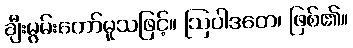
ချီးမွမ်းတော်မူသဖြင့်။ ဩပါဒတေ၊ ဖြစ်၏။